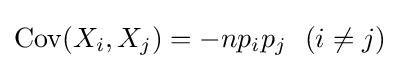
\operatorname {Cov} (X_{i},X_{j})=-np_{i}p_{j}~~(i\neq j)